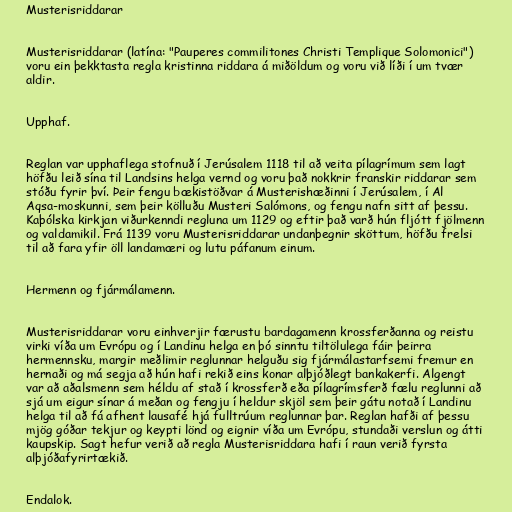
Musterisriddarar

Musterisriddarar (latína: "Pauperes commilitones Christi Templique Solomonici")
voru ein þekktasta regla kristinna riddara á miðöldum og voru við líði í um tvær
aldir.

Upphaf.

Reglan var upphaflega stofnuð í Jerúsalem 1118 til að veita pílagrímum sem lagt
höfðu leið sína til Landsins helga vernd og voru það nokkrir franskir riddarar sem
stóðu fyrir því. Þeir fengu bækistöðvar á Musterishæðinni í Jerúsalem, í Al
Aqsa-moskunni, sem þeir kölluðu Musteri Salómons, og fengu nafn sitt af þessu.
Kaþólska kirkjan viðurkenndi regluna um 1129 og eftir það varð hún fljótt fjölmenn
og valdamikil. Frá 1139 voru Musterisriddarar undanþegnir sköttum, höfðu frelsi
til að fara yfir öll landamæri og lutu páfanum einum.

Hermenn og fjármálamenn.

Musterisriddarar voru einhverjir færustu bardagamenn krossferðanna og reistu
virki víða um Evrópu og í Landinu helga en þó sinntu tiltölulega fáir þeirra
hermennsku, margir meðlimir reglunnar helguðu sig fjármálastarfsemi fremur en
hernaði og má segja að hún hafi rekið eins konar alþjóðlegt bankakerfi. Algengt
var að aðalsmenn sem héldu af stað í krossferð eða pílagrímsferð fælu reglunni að
sjá um eigur sínar á meðan og fengju í heldur skjöl sem þeir gátu notað í Landinu
helga til að fá afhent lausafé hjá fulltrúum reglunnar þar. Reglan hafði af þessu
mjög góðar tekjur og keypti lönd og eignir víða um Evrópu, stundaði verslun og átti
kaupskip. Sagt hefur verið að regla Musterisriddara hafi í raun verið fyrsta
alþjóðafyrirtækið.

Endalok.